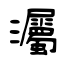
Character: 灟